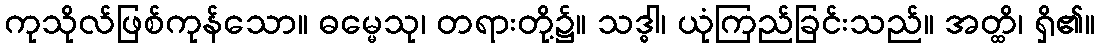
ကုသိုလ်ဖြစ်ကုန်သော။ ဓမ္မေသု၊ တရားတို့၌။ သဒ္ဓါ၊ ယုံကြည်ခြင်းသည်။ အတ္ထိ၊ ရှိ၏။